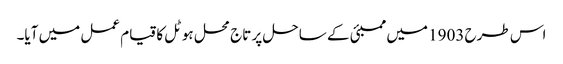
اس طرح 1903 میں ممبئی کے ساحل پر تاج محل ہوٹل کا قیام عمل میں آیا۔